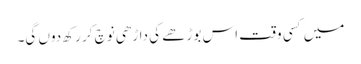
میں کسی وقت اس بوڑھے کی داڑھی نوچ کر رکھ دوں گی۔